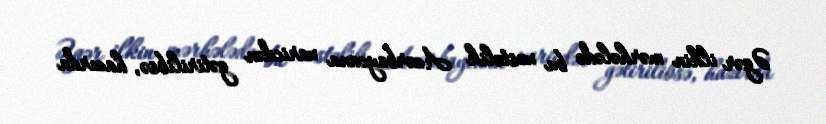
Əgər ilkin mərhələdə bu xəstəlik Azərbaycana xaricdən gətirilibsə, hazırda